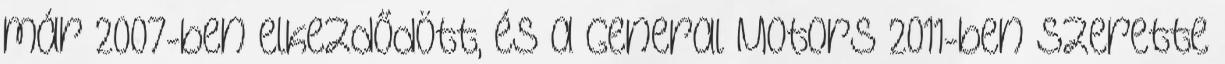
már 2007-ben elkezdődött, és a General Motors 2011-ben szerette